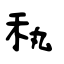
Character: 秇